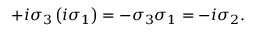
\begin{array} { r } { + i \sigma _ { 3 } \left( i \sigma _ { 1 } \right) = - \sigma _ { 3 } \sigma _ { 1 } = - i \sigma _ { 2 } . } \end{array}